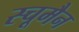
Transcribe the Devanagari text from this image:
स्चूमैन